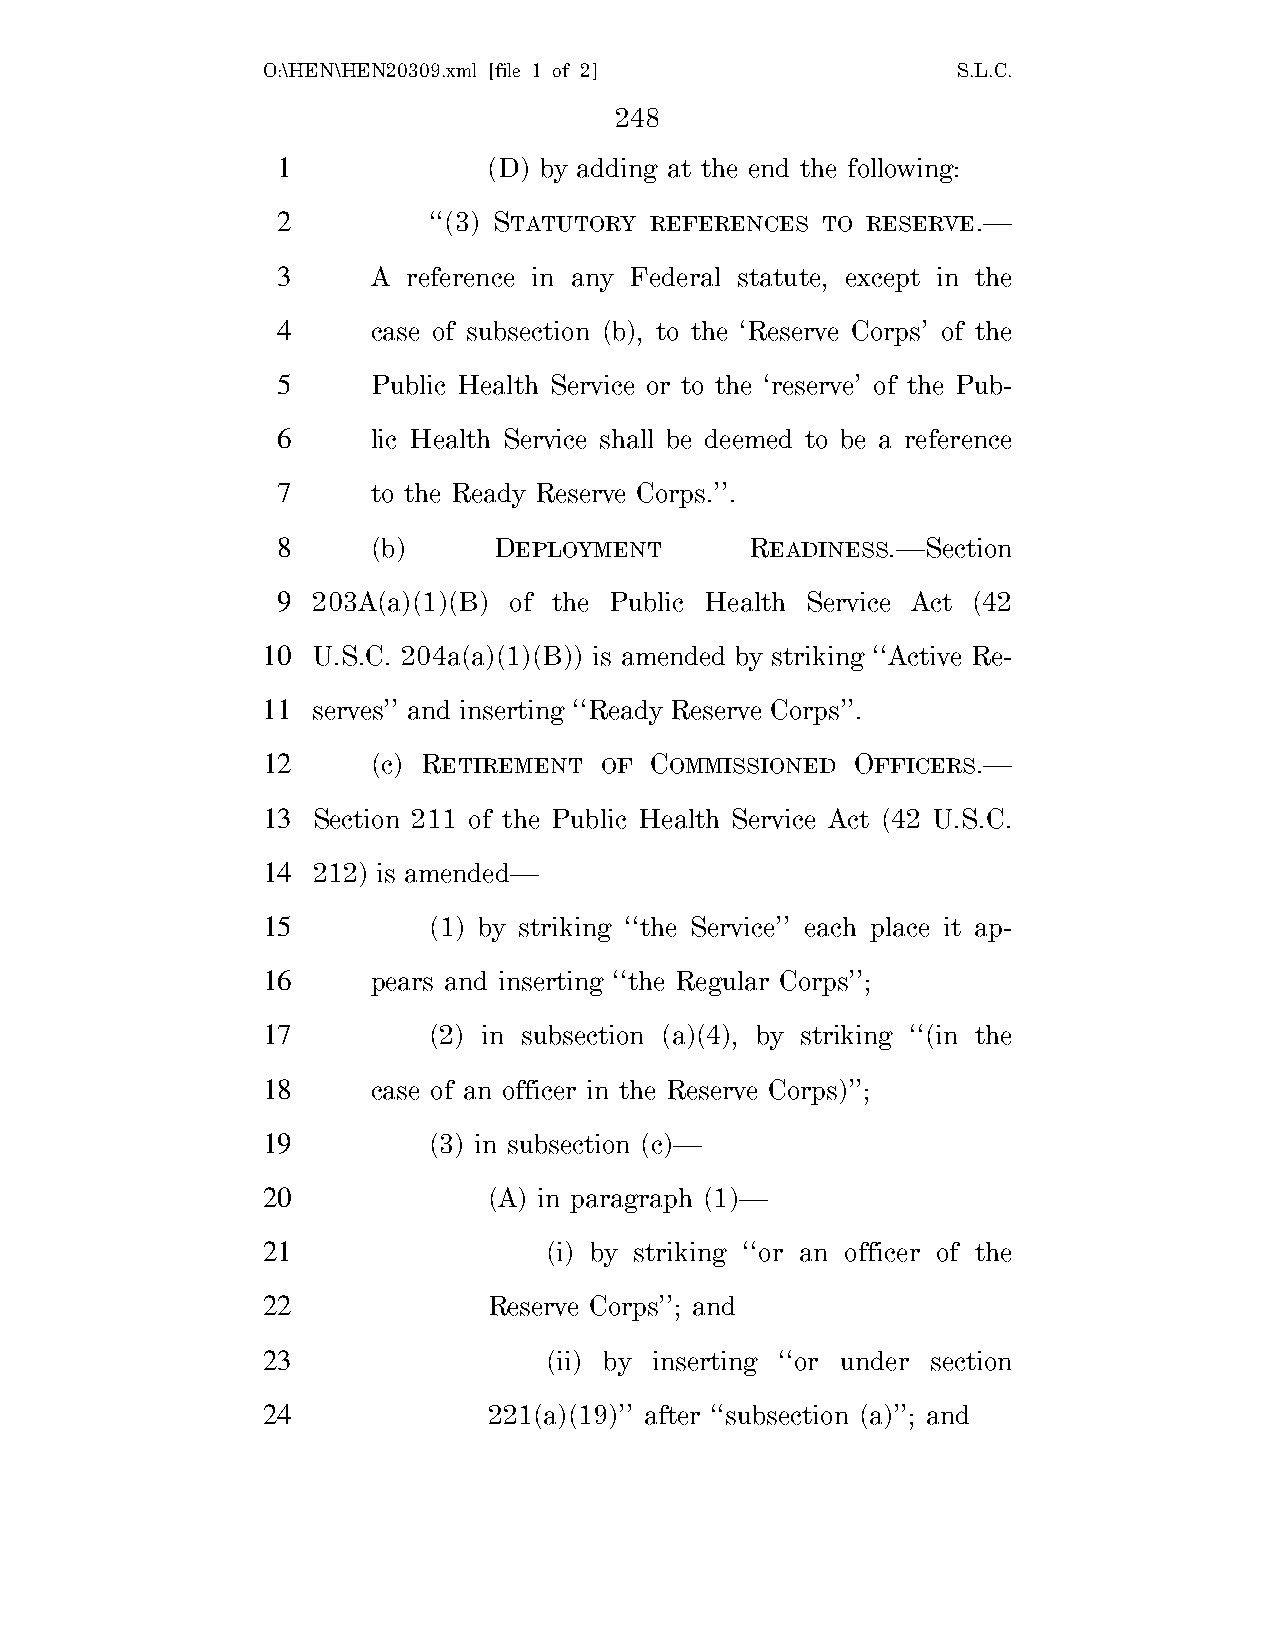
O:\HEN\HEN20309.xml [file 1 of 2]             S.L.C.
 248
 1             (D) by adding at the end the following:
 2         ‘‘(3) STATUTORY REFERENCES TO RESERVE.—
 3      A reference in any Federal statute, except in the
 4      case of subsection (b), to the ‘Reserve Corps’ of the
 5      Public Health Service or to the ‘reserve’ of the Pub-
 6      lic Health Service shall be deemed to be a reference
 7      to the Ready Reserve Corps.’’.
 8      (b)     DEPLOYMENT       READINESS.—Section
 9  203A(a)(1)(B) of the Public Health Service Act (42
 10  U.S.C. 204a(a)(1)(B)) is amended by striking ‘‘Active Re-
 11  serves’’ and inserting ‘‘Ready Reserve Corps’’.
 12      (c) RETIREMENT OF COMMISSIONED  OFFICERS.—
 13  Section 211 of the Public Health Service Act (42 U.S.C.
 14  212) is amended—
 15         (1) by striking ‘‘the Service’’ each place it ap-
 16      pears and inserting ‘‘the Regular Corps’’;
 17         (2) in subsection (a)(4), by striking ‘‘(in the
 18      case of an officer in the Reserve Corps)’’;
 19         (3) in subsection (c)—
 20             (A) in paragraph (1)—
 21                 (i) by striking ‘‘or an officer of the
 22             Reserve Corps’’; and
 23                 (ii) by inserting ‘‘or under section
 24             221(a)(19)’’ after ‘‘subsection (a)’’; and